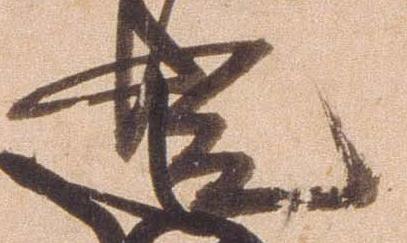
光